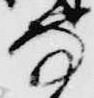
寺